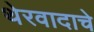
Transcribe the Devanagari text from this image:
थेरवादाचे